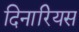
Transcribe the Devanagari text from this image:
दिनारियस